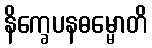
နိက္ခေပနဓမ္မောတိ